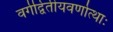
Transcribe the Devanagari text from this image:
वर्गद्वितीयवर्णोत्थाः